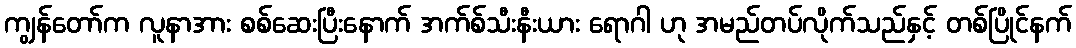
ကျွန်တော်က လူနာအား စစ်ဆေးပြီးနောက် အက်စ်သီးနီးယား ရောဂါ ဟု အမည်တပ်လိုက်သည်နှင့် တစ်ပြိုင်နက်